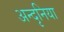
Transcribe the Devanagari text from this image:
अन्दृनिया